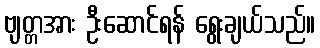
ဗျတ္တအား ဦးဆောင်ရန် ရွေးချယ်သည်။